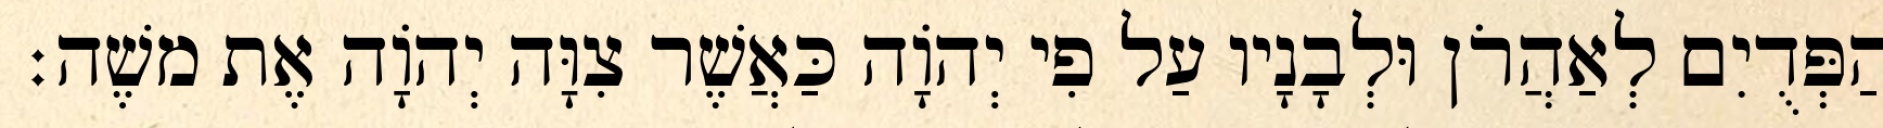
הַפְּדֻיִם לְאַהֲרֹן וּלְבָנָיו עַל פִי יְהוָֹה כַּאֲשֶׁר צִוָּה יְהוָֹה אֶת משֶׁה׃